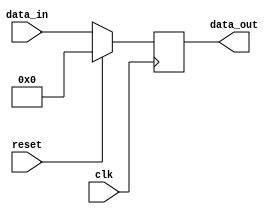
module register(
    input wire clk, // Clock signal
    input wire reset, // Reset signal
    input wire [7:0] data_in, // Input data
    output reg [7:0] data_out // Output data
);

always @(posedge clk) begin
    if (reset) begin
        data_out <= 8'b0; // Reset the register
    end else begin
        data_out <= data_in; // Load input data into register
    end
end

endmodule